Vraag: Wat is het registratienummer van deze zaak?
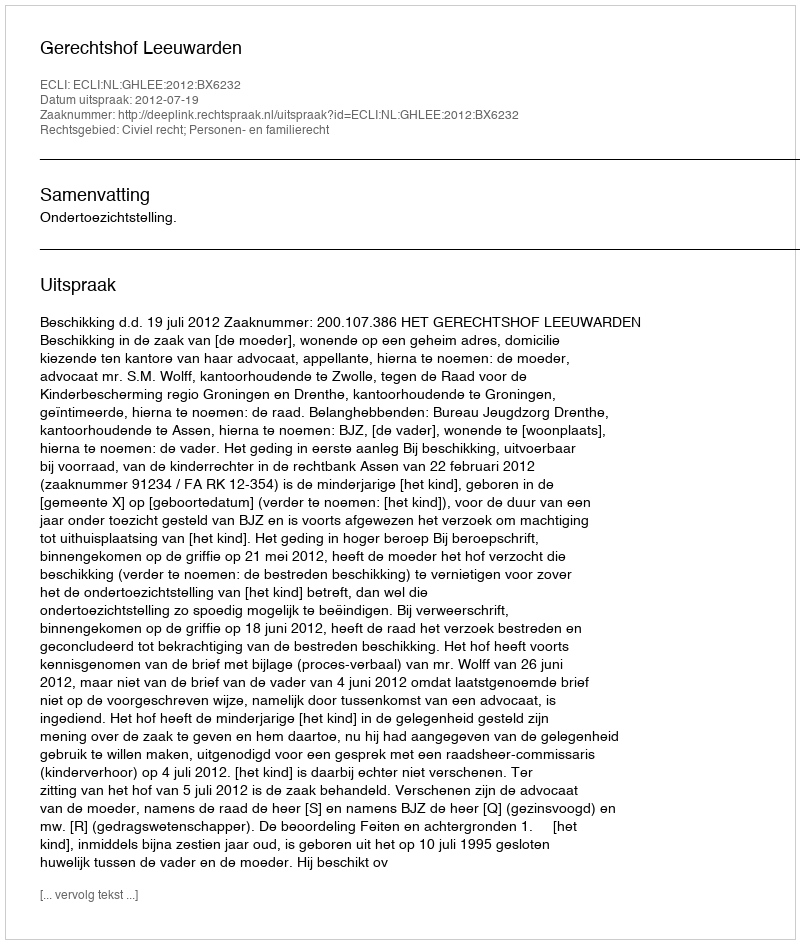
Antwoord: http://deeplink.rechtspraak.nl/uitspraak?id=ECLI:NL:GHLEE:2012:BX6232